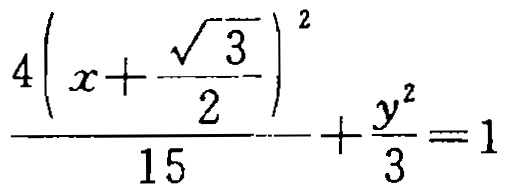
\(\frac{4\left(x+\frac{\sqrt{3}}{2}\right)^{2}}{15}+\frac{y^{2}}{3}=1\)